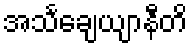
အသင်္ချေယျာနီတိ